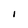
Character: I